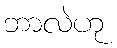
ဘာလဲဟု